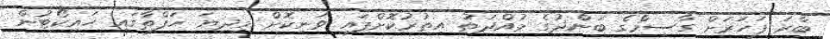
ބާރަ ފަހަރަށް ގާސިމްގެ ބަންދުގެ މުއްދަތު އިތުރުކޮށްފައި ވަނިކޮށް މިދިޔަ ހަފްތާގައި ހައިކޯޓުން